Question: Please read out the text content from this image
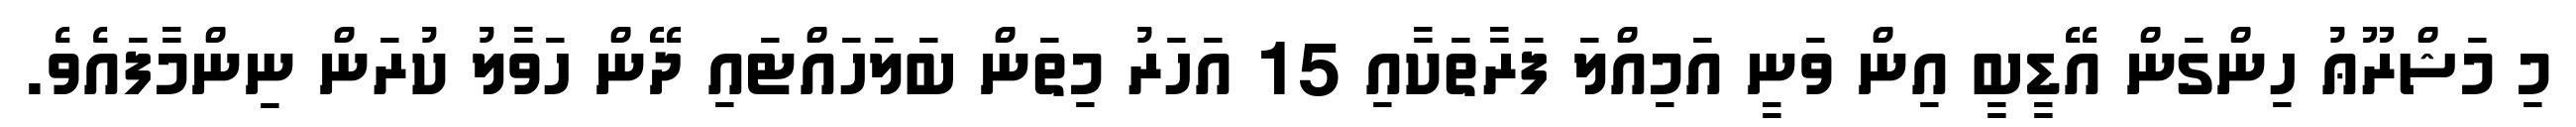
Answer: މި މަޝްރޫޢު ހިންގަން އޭޑީބީ އިން ވަނީ އަމިއްލަ ފަރާތަކާއި 15 އަހަރު މިތަން ބަލަހައްޓައި ދޭން ހަވާލު ކުރަން ނިންމާފައެވެ.